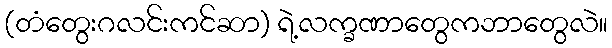
(တံတွေးဂလင်းကင်ဆာ) ရဲ့လက္ခဏာတွေကဘာတွေလဲ။